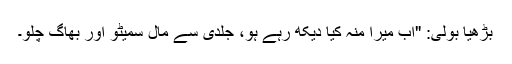
بڑھیا بولی: "اب میرا منہ کیا دیکھ رہے ہو، جلدی سے مال سمیٹو اور بھاگ چلو۔